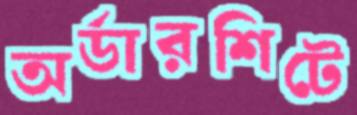
অর্ডারশিটে